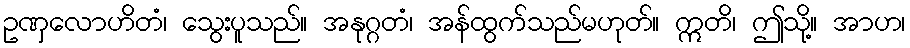
ဥဏှလောဟိတံ၊ သွေးပူသည်။ အနုဂ္ဂတံ၊ အန်ထွက်သည်မဟုတ်။ ဣတိ၊ ဤသို့။ အာဟ၊